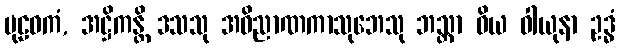
ပုဠဝကံ, အဋ္ဌိကန္တိ ဒသသု အဝိညာဏကာသုဘေသု ဘသ္တာ ဝိယ ဝါယုနာ ဥဒ္ဓံ